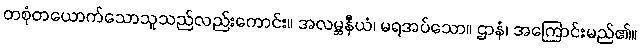
တစုံတယောက်သောသူသည်လည်းကောင်း။ အလမ္ဘနီယံ၊ မရအပ်သော။ ဌာနံ၊ အကြောင်းမည်၏။